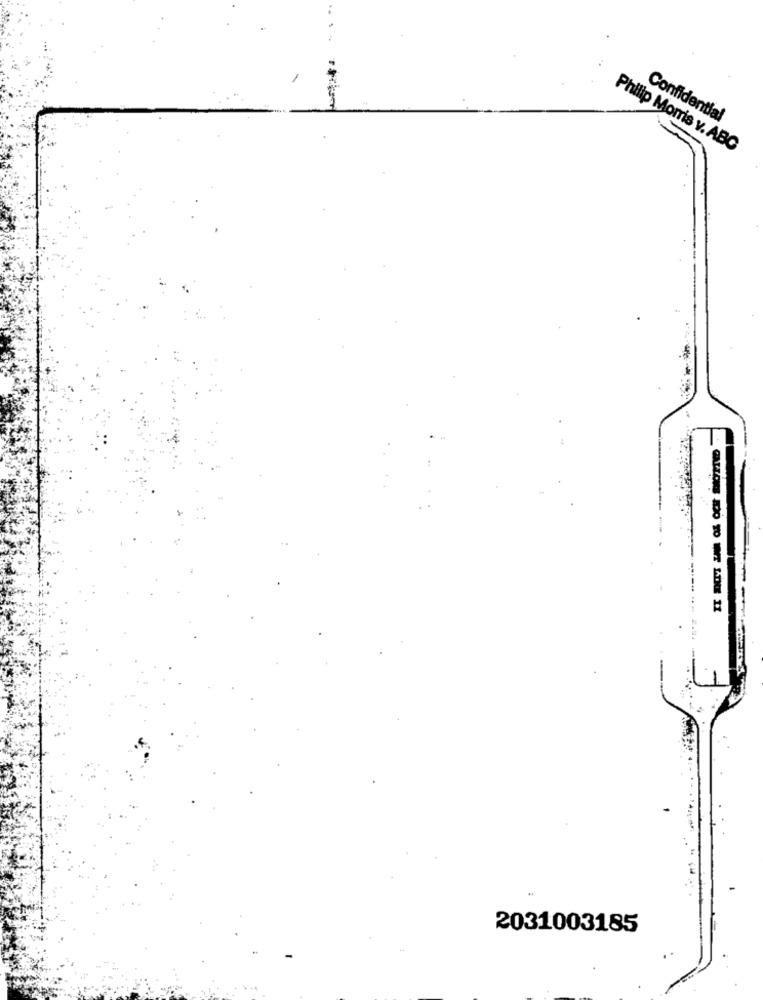
Confidential
Philip Morris v. ABC
1
2031003185